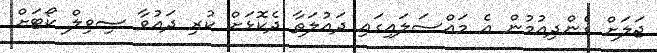
ޖަލަށް ގެންދިއުމުން އެ މައްސަލައިގައި ދައުލަތާ ދެކޮޅަށް ކުރި ދައުވާ ސިވިލް ކޯޓަށް